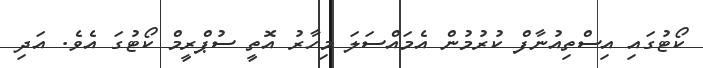
ކޯޓުގައި އިސްތިއުނާފް ކުރުމުން އެމައްސަލަ މިހާރު އޮތީ ސުޕްރީމް ކޯޓުގަ އެވެ. އަދި